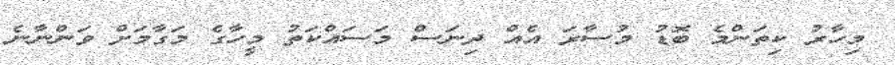
މިހާރު ކިތަންމެ ބޮޑު މުސާރަ އެއް ދިނަސް މަސައްކަތު މީހާގެ މަގާމަށް ވަންނާނެ